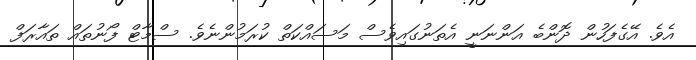
އެވެ. އޭގެފަހުން ދޮންބެ އަންނަނީ އެތަނުގައިވެސް މަސައްކަތް ކުރަމުންނެވެ. ސްމާޓް ފޯނުތައް ތައާރަފް